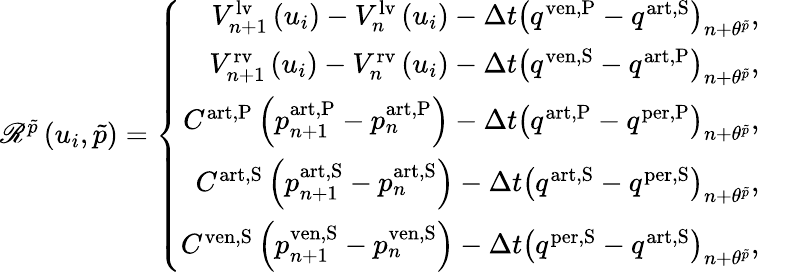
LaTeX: \begin{array}{r}{\mathscr{R}^{\tilde{p}}\left(u_{i},\tilde{p}\right)=\left\{ \begin{array}{rl}{V_{n+1}^{\mathrm{lv}}\left(u_{i}\right)-V_{n}^{\mathrm{lv}}\left(u_{i}\right)-\Delta t\left(q^{\mathrm{ven,P}}-q^{\mathrm{art,S}}\right)_{n+\theta^{\tilde{p}}},}&{}\\ {V_{n+1}^{\mathrm{rv}}\left(u_{i}\right)-V_{n}^{\mathrm{rv}}\left(u_{i}\right)-\Delta t\left(q^{\mathrm{ven,S}}-q^{\mathrm{art,P}}\right)_{n+\theta^{\tilde{p}}},}&{}\\ {C^{\mathrm{art,P}}\left(p_{n+1}^{\mathrm{art,P}}-p_{n}^{\mathrm{art,P}}\right)-\Delta t\left(q^{\mathrm{art,P}}-q^{\mathrm{per,P}}\right)_{n+\theta^{\tilde{p}}},}&{}\\ {C^{\mathrm{art,S}}\left(p_{n+1}^{\mathrm{art,S}}-p_{n}^{\mathrm{art,S}}\right)-\Delta t\left(q^{\mathrm{art,S}}-q^{\mathrm{per,S}}\right)_{n+\theta^{\tilde{p}}},}&{}\\ {C^{\mathrm{ven,S}}\left(p_{n+1}^{\mathrm{ven,S}}-p_{n}^{\mathrm{ven,S}}\right)-\Delta t\left(q^{\mathrm{per,S}}-q^{\mathrm{art,S}}\right)_{n+\theta^{\tilde{p}}},}&{}\end{array}\right.}\end{array}